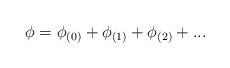
LaTeX: \begin{align*}\phi=\phi_{(0)}+\phi_{(1)}+\phi_{(2)}+...\end{align*}